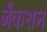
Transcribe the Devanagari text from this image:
जैकशन